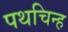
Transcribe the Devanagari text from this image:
पथचिन्ह